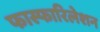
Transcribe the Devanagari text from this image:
फास्फारिलेशन